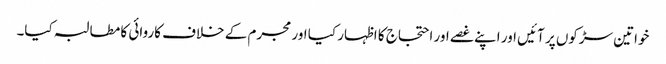
خواتین سڑکوں پر آئیں اور اپنے غصے اور احتجاج کا اظہار کیا اور مجرم کے خلاف کاروائی کا مطالبہ کیا۔